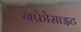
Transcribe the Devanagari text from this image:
नफ्रेोसाइट